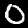
Label: 0